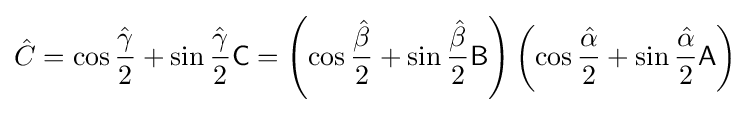
{\hat {C}}=\cos {\frac {\hat {\gamma }}{2}}+\sin {\frac {\hat {\gamma }}{2}}{\mathsf {C}}=\left(\cos {\frac {\hat {\beta }}{2}}+\sin {\frac {\hat {\beta }}{2}}{\mathsf {B}}\right)\left(\cos {\frac {\hat {\alpha }}{2}}+\sin {\frac {\hat {\alpha }}{2}}{\mathsf {A}}\right)